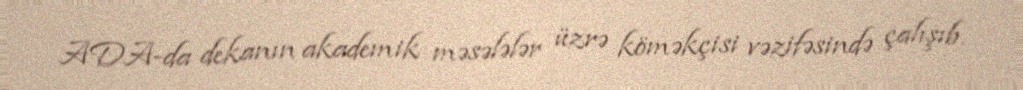
ADA-da dekanın akademik məsələlər üzrə köməkçisi vəzifəsində çalışıb.